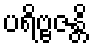
ပရိဗ္ဗဇန္တိ